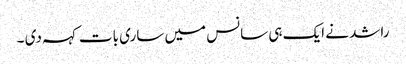
راشد نے ایک ہی سانس میں ساری بات کہہ دی ۔